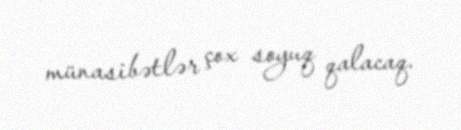
münasibətlər çox soyuq qalacaq.